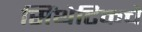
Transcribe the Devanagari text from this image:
सिंथेटिकचे